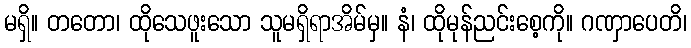
မရှိ။ တတော၊ ထိုသေဖူးသော သူမရှိရာအိမ်မှ။ နံ၊ ထိုမုန်ညင်းစေ့ကို။ ဂဏှာပေတိ၊